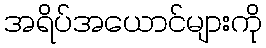
အရိပ်အယောင်များကို